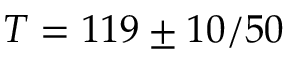
T = 1 1 9 \pm 1 0 / 5 0